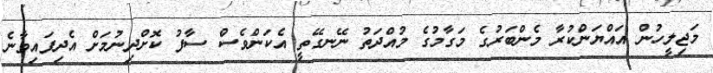
މަޖިލީހުން އައްޔަންކުރާ މެންބަރުގެ މަގާމުގެ މުއްދަތު ނޭނގޭތީ އެކަންވެސް ސާފު ކޮށްދިނުމަށް އެދިފައިވާނެ